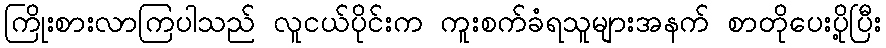
ကြိုးစားလာကြပါသည် လူငယ်ပိုင်းက ကူးစက်ခံရသူများအနက် စာတိုပေးပို့ပြီး